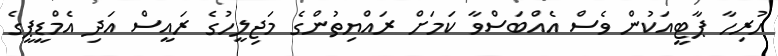
ހުރިހާ ޕާޓީއަކުން ވެސް އެއްބަސްވާ ކަމަށް ރައްޔިތުންގެ މަޖިލީހުގެ ރައީސް އަދި އެމްޑީޕީގެ